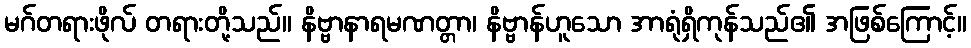
မဂ်တရားဖိုလ် တရားတို့သည်။ နိဗ္ဗာနာရမဏတ္တာ၊ နိဗ္ဗာန်ဟူသော အာရုံရှိကုန်သည်၏ အဖြစ်ကြောင့်။